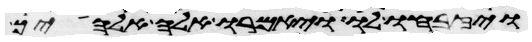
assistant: ויזבחו לו ויאמרו אלה אלהיך